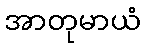
အာတုမာယံ